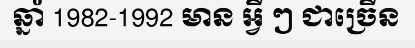
ឆ្នាំ 1982-1992 មាន អ្វី ៗ ជាច្រើន